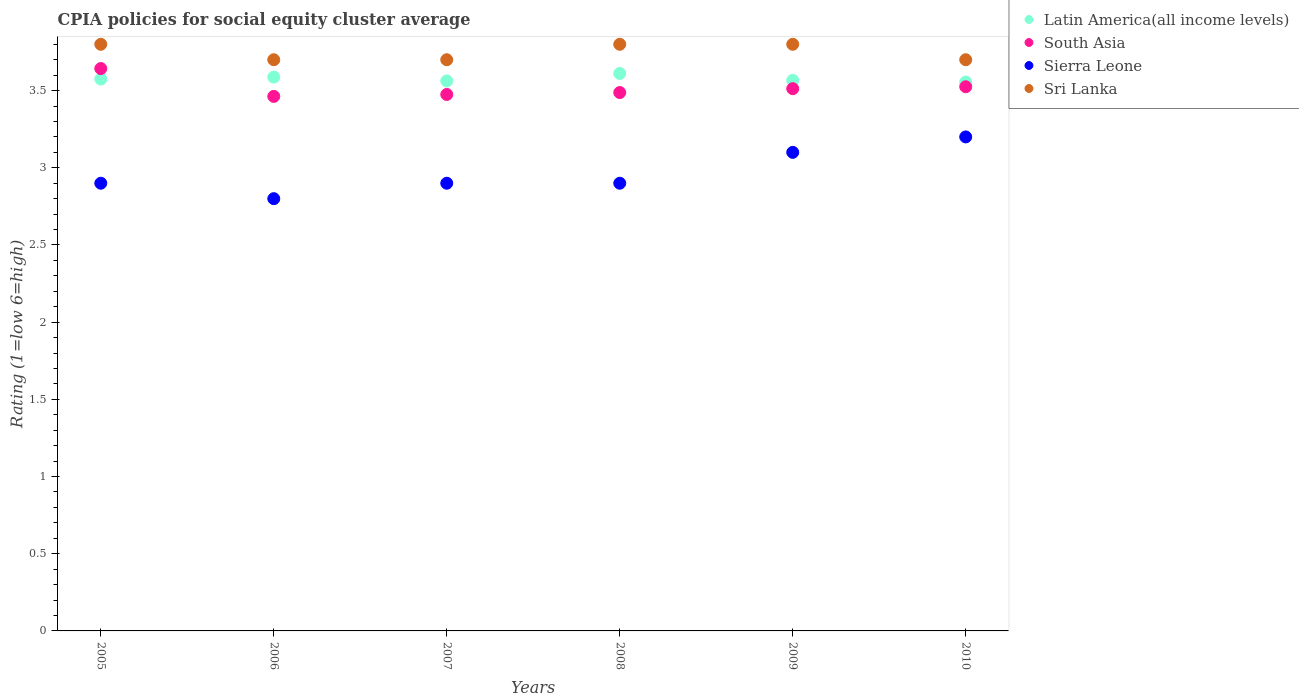
| Years | Latin America(all income levels) | South Asia | Sierra Leone | Sri Lanka |
 | --- | --- | --- | --- | --- |
 | 2005 | 3.58 | 3.64 | 2.9 | 3.8 |
 | 2006 | 3.59 | 3.46 | 2.8 | 3.7 |
 | 2007 | 3.56 | 3.48 | 2.9 | 3.7 |
 | 2008 | 3.61 | 3.49 | 2.9 | 3.8 |
 | 2009 | 3.57 | 3.51 | 3.1 | 3.8 |
 | 2010 | 3.56 | 3.52 | 3.2 | 3.7 |